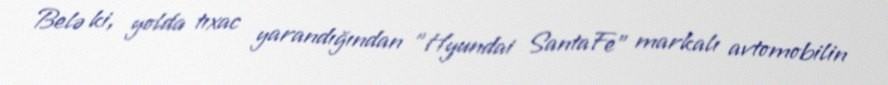
Belə ki, yolda tıxac yarandığından "Hyundai SantaFe" markalı avtomobilin